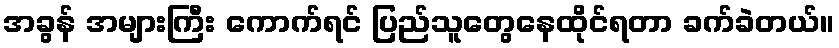
အခွန် အများကြီး ကောက်ရင် ပြည်သူတွေနေထိုင်ရတာ ခက်ခဲတယ်။